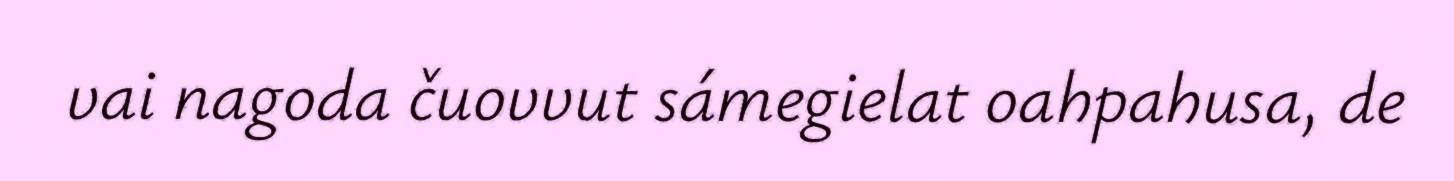
vai nagoda čuovvut sámegielat oahpahusa, de